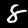
Digit: 8